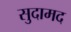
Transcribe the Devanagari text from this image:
सुदामद